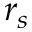
r _ { s }